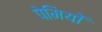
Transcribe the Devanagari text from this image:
पेमियों